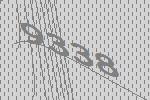
9338